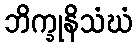
ဘိက္ခုနိသံဃံ